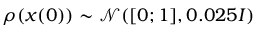
\rho ( x ( 0 ) ) \sim \mathcal { N } ( [ 0 ; 1 ] , 0 . 0 2 5 I )